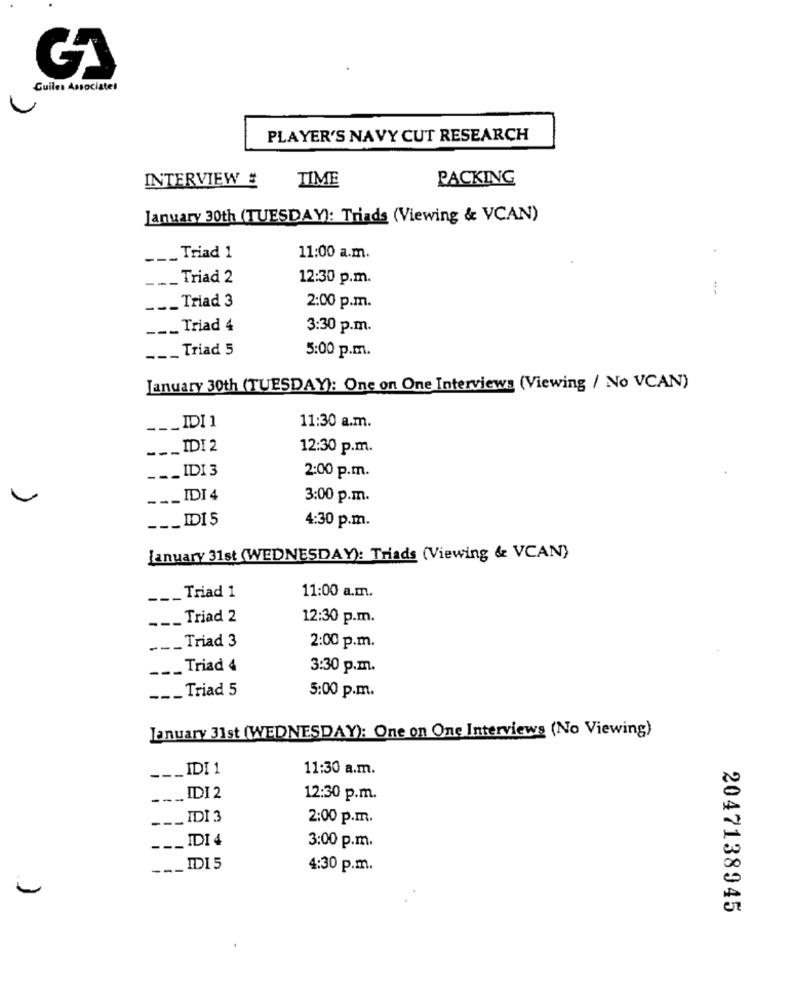
Cuiles Associates
PLAYER'S NAVY CUT RESEARCH
INTERVIEW #
TIME
PACKING
January 30th (TUESDAY): Triads (Viewing & VCAN)
___ Triad 1
11:00 a.m.
---
Triad 2
12:30 p.m.
___ Triad 3
2:00 p.m.
-__ Triad 4
3:30 p.m.
_ Triad 5
---
5:00 p.m.
January 30th (TUESDAY): One on One Interviews (Viewing / No VCAN)
_IDI 1
11:30 a.m.
---
_IDI 2
12:30 p.m.
._ IDI 3
---
2:00 p.m.
___ IDI 4
3:00 p.m.
___ IDDI 5
4:30 p.m.
January 31st (WEDNESDAY): Triads (Viewing & VCAN)
___ Triad 1
11:00 a.m.
___ Triad 2
12:30 p.m.
___ Triad 3
2:00 p.m.
-__ Triad 4
3:30 p.m.
-__ Triad 5
5:00 p.m.
January 31st (WEDNESDAY): One on One Interviews (No Viewing)
_IDI 1
11:30 a.m.
--.
---
.. IDI 2
12:30 p.m.
___ IDI 3
2:00 p.m.
IDI 4
3:00 p.m.
---
_IDI 5
4:30 p.m.
2047138945